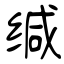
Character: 缄